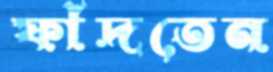
ফাঁদতেন